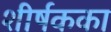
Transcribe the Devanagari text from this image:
शीर्षकका